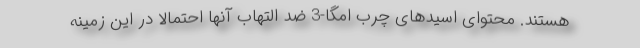
هستند. محتوای اسیدهای چرب امگا-3 ضد التهاب آنها احتمالا در این زمینه